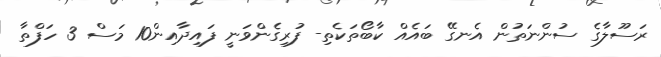
ރަސޫލާގެ ސުންނަތުން އެނގޭ ބައެއް ކާބޯތަކެތި- ފުރިގެންވަނީ ފައިދާއިން10 މަސް 3 ހަފްތާ